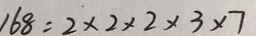
1 6 8 = 2 \times 2 \times 2 \times 3 \times 7